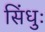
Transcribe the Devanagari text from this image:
सिंधुः